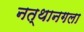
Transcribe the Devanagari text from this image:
नत्थानगला